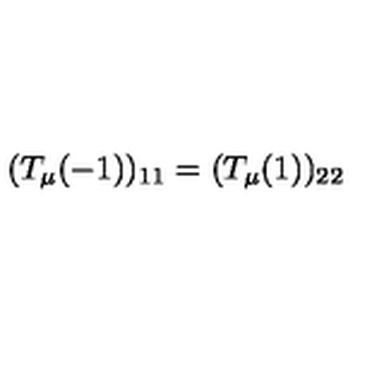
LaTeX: ( T _ { \mu } ( - 1 ) ) _ { 1 1 } = ( T _ { \mu } ( 1 ) ) _ { 2 2 }